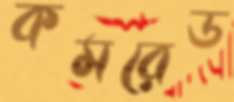
কমরেড